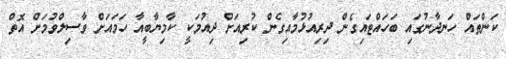
ކަންތައް ހަނދާނުގައި ބަހައްޓައިގެން ދިރިއުޅުމާއިގެން ކުރިއަށް ދިއުމަކީ ކާމިޔާބީއާ ހަމައަށް ވާސިލްވުމަށް އޮތް